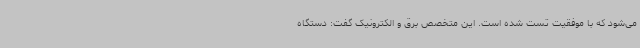
می‌شود که با موفقیت تست شده است. این متخصص برق و الکترونیک گفت: دستگاه